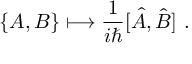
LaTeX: \{ A , B \} \longmapsto { \frac { 1 } { i \hbar } } [ { \hat { A } } , { \hat { B } } ] ~ .